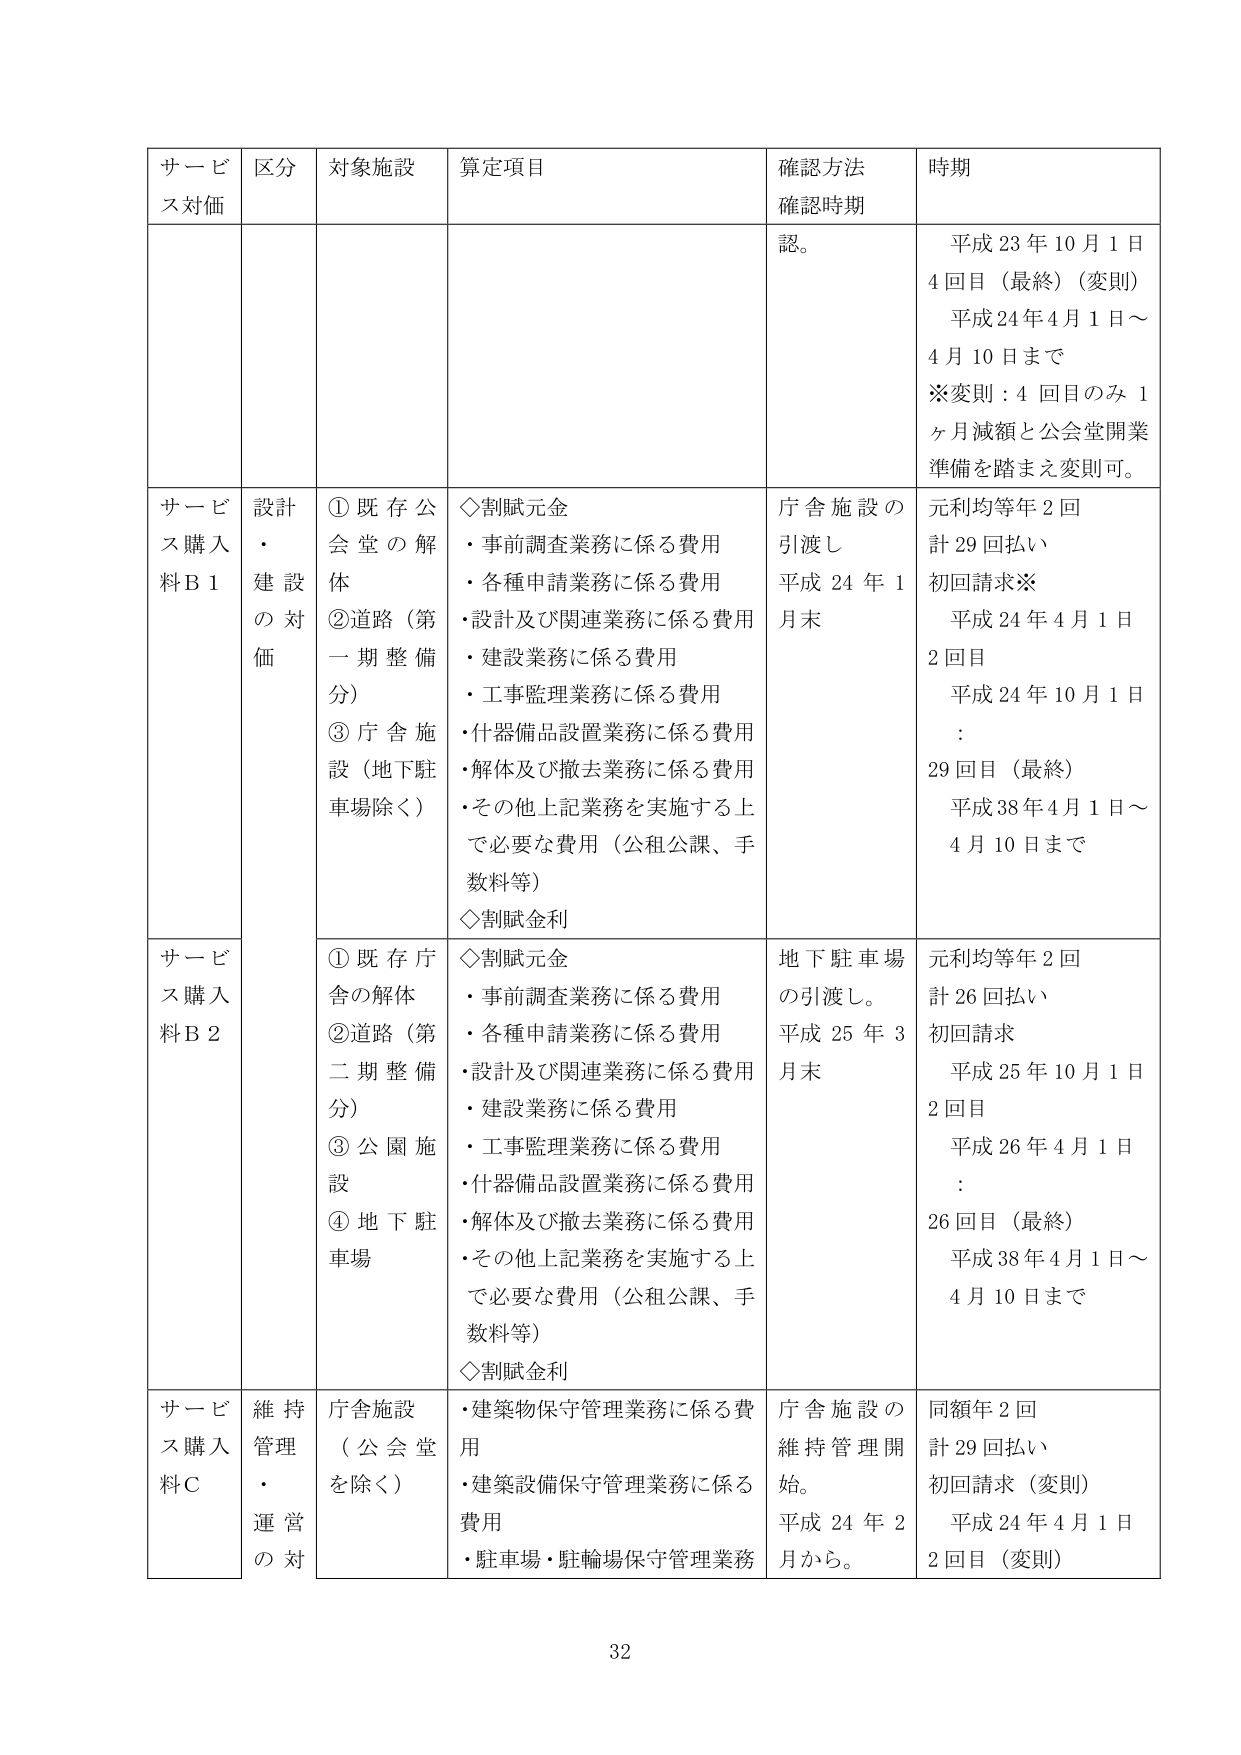
サービス対価 区分 対象施設 算定項目 確認方法 確認時期 時期 認。 平成23年10月1日 4回目（最終）（変則） 平成24年4月1日～ 4月10日まで ※変則：4回目のみ1ヶ月減額と公会堂開業準備を踏まえ変則可。 サービス購入料B1 設計・建設の対価 ①既存公会堂の解体 ②道路（第一期整備分） ③庁舎施設（地下駐車場除く） ◇割賦元金 ・事前調査業務に係る費用 ・各種申請業務に係る費用 ・設計及び関連業務に係る費用 ・建設業務に係る費用 ・工事監理業務に係る費用 ・什器備品設置業務に係る費用 ・解体及び撤去業務に係る費用 ・その他上記業務を実施する上で必要な費用（公租公課、手数料等） ◇割賦金利 庁舎施設の引渡し 平成24年1月末 元利均等年2回 計29回払い 初回請求※ 平成24年4月1日 2回目 平成24年10月1日 ： 29回目（最終） 平成38年4月1日～ 4月10日まで サービス購入料B2 ①既存庁舎の解体 ②道路（第二期整備分） ③公園施設 ④地下駐車場 ◇割賦元金 ・事前調査業務に係る費用 ・各種申請業務に係る費用 ・設計及び関連業務に係る費用 ・建設業務に係る費用 ・工事監理業務に係る費用 ・什器備品設置業務に係る費用 ・解体及び撤去業務に係る費用 ・その他上記業務を実施する上で必要な費用（公租公課、手数料等） ◇割賦金利 地下駐車場の引渡し。 平成25年3月末 元利均等年2回 計26回払い 初回請求 平成25年10月1日 2回目 平成26年4月1日 ： 26回目（最終） 平成38年4月1日～ 4月10日まで サービス購入料C 維持管理・運営の対 庁舎施設（公会堂を除く） ・建築物保守管理業務に係る費用 ・建築設備保守管理業務に係る費用 ・駐車場・駐輪場保守管理業務 庁舎施設の維持管理開始。 平成24年2月から。 同額年2回 計29回払い 初回請求（変則） 平成24年4月1日 2回目（変則） 32